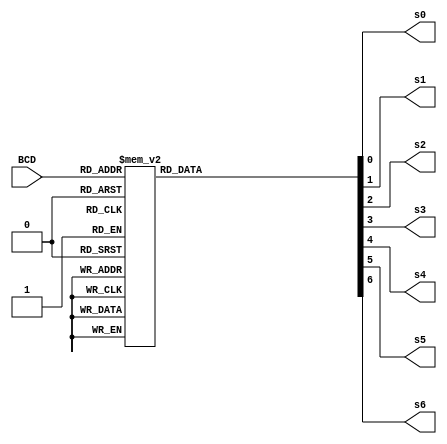
`timescale 1ns / 1ps
module bcd_to_7seg(BCD, s0, s1, s2, s3, s4, s5, s6);
output reg s0, s1, s2, s3, s4, s5, s6;
input[3:0] BCD;

// switch 
always @ (BCD)
begin // BCD to 7-segment decoding (segments are active low), switch
	case (BCD)
	4'b0000: begin s0=0; s1=0; s2=0; s3=1; s4=0; s5=0; s6=0; end //necessary segment activation to display a 0
	4'b0001: begin s0=1; s1=0; s2=1; s3=1; s4=0; s5=1; s6=1; end // display a 1
	4'b0010: begin s0=0; s1=1; s2=0; s3=0; s4=0; s5=1; s6=0; end // display a 2
	4'b0011: begin s0=0; s1=0; s2=1; s3=0; s4=0; s5=1; s6=0; end // display a 3
	4'b0100: begin s0=1; s1=0; s2=1; s3=0; s4=0; s5=0; s6=1; end // display a 4
	4'b0101: begin s0=0; s1=0; s2=1; s3=0; s4=1; s5=0; s6=0; end // display a 5
	4'b0110: begin s0=0; s1=0; s2=0; s3=0; s4=1; s5=0; s6=0; end // display a 6
	4'b0111: begin s0=1; s1=0; s2=1; s3=1; s4=0; s5=1; s6=0; end // display a 
	4'b1000: begin s0=0; s1=0; s2=0; s3=0; s4=0; s5=0; s6=0; end // display a 8
	4'b1001: begin s0=0; s1=0; s2=1; s3=0; s4=0; s5=0; s6=0; end // display a 9
	default: begin s0=1; s1=1; s2=1; s3=1; s4=1; s5=1; s6=1; end // display nothing
endcase
end
endmodule